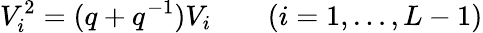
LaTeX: V_{i}^{2}=(q+q^{-1})V_{i}\qquad(i=1,\ldots,L-1)